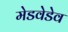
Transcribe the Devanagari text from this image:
मेडवेडेव